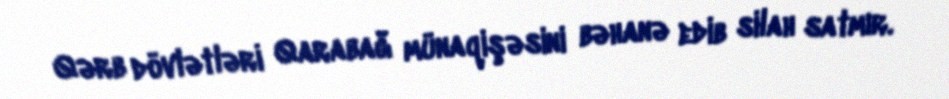
Qərb dövlətləri Qarabağ münaqişəsini bəhanə edib silah satmır.